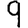
Digit: 9